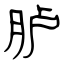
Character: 胪